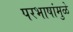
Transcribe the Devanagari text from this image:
परभाषांमुळे